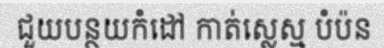
ជួយបន្ថយកំដៅ កាត់ស្លេស្ម បំប៉ន